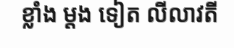
ខ្លាំង ម្តង ទៀត លីលាវតី